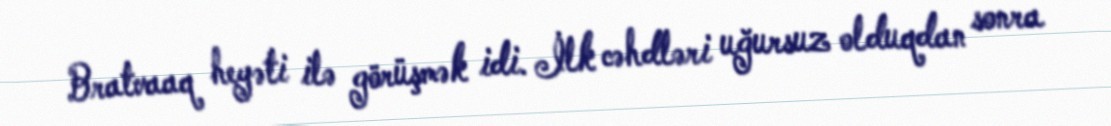
Bratvaaq heyəti ilə görüşmək idi. İlk cəhdləri uğursuz olduqdan sonra